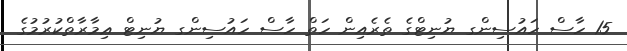
15 ހާސް ހައުސިންގ ޔުނިޓްގެ ތެރެއިން ހަތް ހާސް ހައުސިންގ ޔުނިޓް ޢިމާރާތްކުރުމުގެ